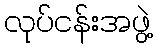
လုပ်ငန်းအဖွဲ့